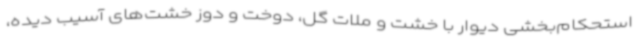
استحکام‌بخشی دیوار با خشت و ملات گل، دوخت و دوز خشت‌های آسیب دیده،